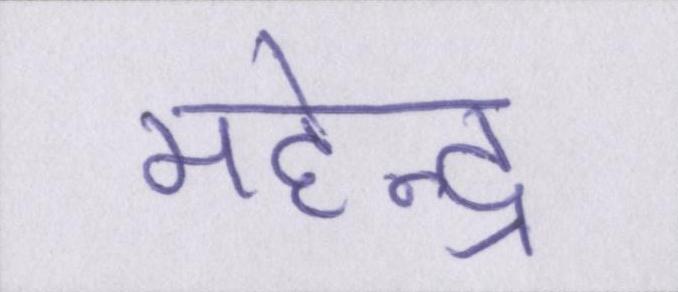
महेन्द्र